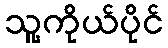
သူ့ကိုယ်ပိုင်